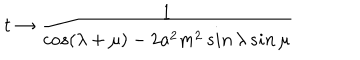
t \to \frac { 1 } { c o s ( \lambda + \mu ) - 2 a ^ { 2 } m ^ { 2 } \, s i n \, \lambda \, s i n \, \mu }